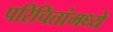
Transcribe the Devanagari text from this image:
परिचितांमध्ये